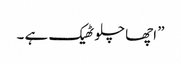
” اچھا چلو ٹھیک ہے ۔